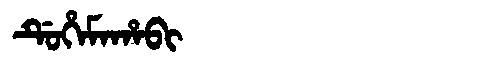
Manchu: ᡩᡠᡥᡝᠮᠠᡥᠠᠪᡳ
Romanization: DUHEMAHABI